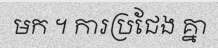
មក ។ ការប្រជែង គ្នា